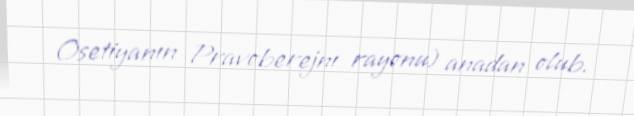
Osetiyanın Pravoberejnı rayonu) anadan olub.